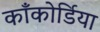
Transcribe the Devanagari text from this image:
काँकोर्डिया